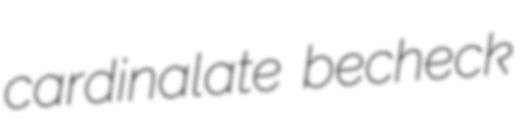
cardinalate becheck